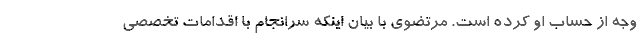
وجه از حساب او کرده است. مرتضوی با بیان اینکه سرانجام با اقدامات تخصصی